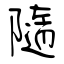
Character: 隨